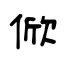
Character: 俽